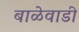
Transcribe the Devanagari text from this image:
बाळेवाडी